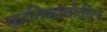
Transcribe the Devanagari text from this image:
क्रांतिकार्यातील